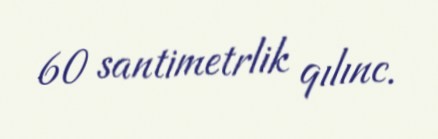
60 santimetrlik qılınc.